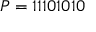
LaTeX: P = 1 1 1 0 1 0 1 0